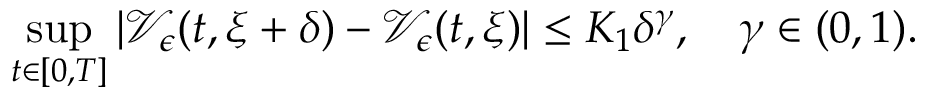
\operatorname* { s u p } _ { t \in [ 0 , T ] } | \mathcal { V } _ { \epsilon } ( t , \xi + \delta ) - \mathcal { V } _ { \epsilon } ( t , \xi ) | \leq K _ { 1 } \delta ^ { \gamma } , \quad \gamma \in ( 0 , 1 ) .